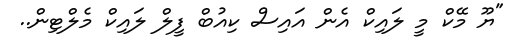
"ޔޫ މޭކް މީ ލައިކް އެން އައިސް ކިއުބް ފީލް ލައިކް މެލްޓިން..